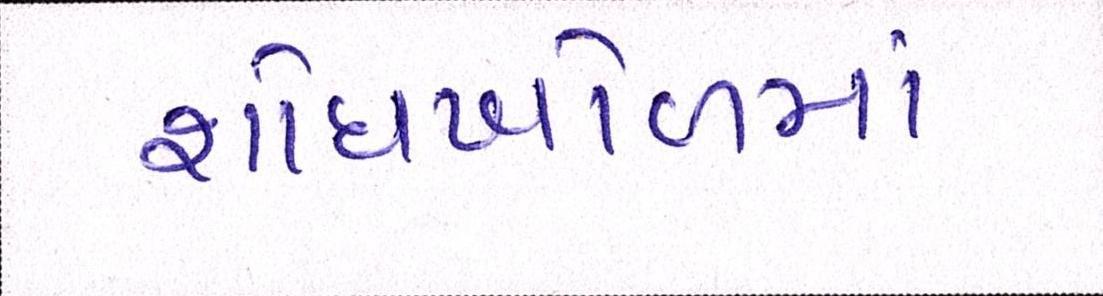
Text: શોધખોળમાં